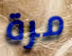
مرة